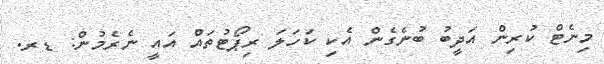
މިނެޓް ކުރިން އަދީބު ބުނެގެން އެކި ކަހަލަ ރިޕޯޓުތައް އައީ ނެރެމުން: ޑރ.